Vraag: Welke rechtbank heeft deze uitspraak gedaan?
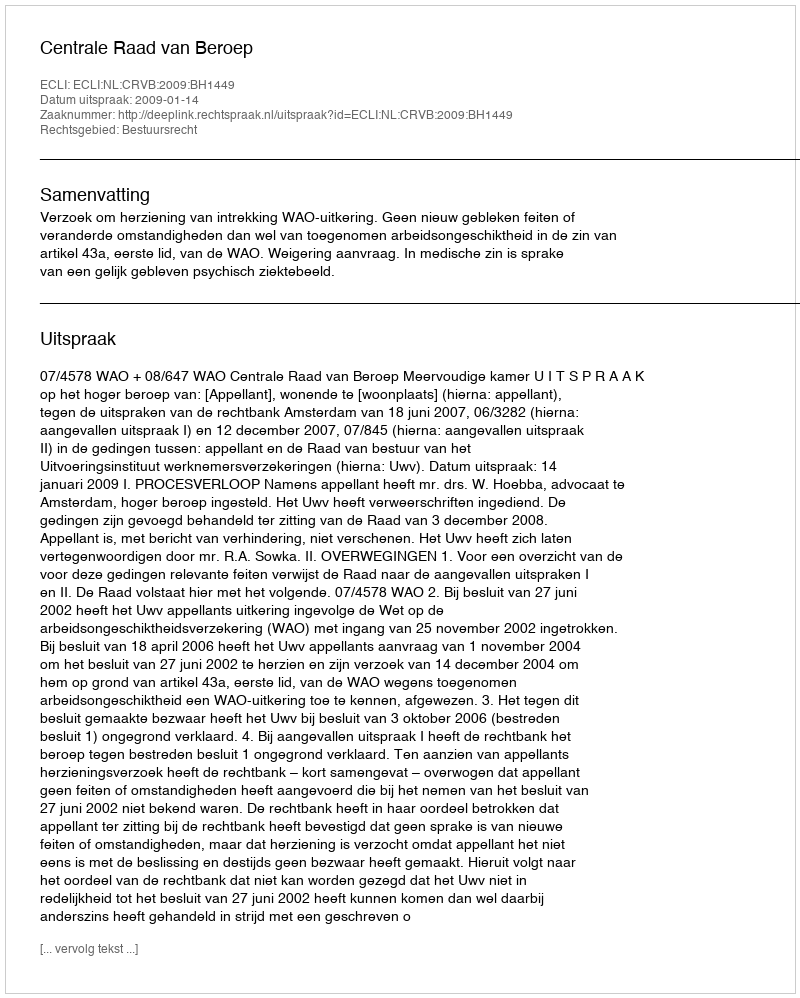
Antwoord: Centrale Raad van Beroep